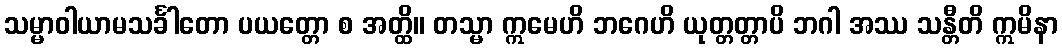
သမ္မာဝါယာမသင်္ခါတော ပယတ္တော စ အတ္ထိ။ တသ္မာ ဣမေဟိ ဘဂေဟိ ယုတ္တတ္တာပိ ဘဂါ အဿ သန္တီတိ ဣမိနာ